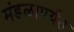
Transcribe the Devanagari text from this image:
मंडळापर्यंत